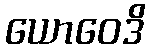
ယောဝေဒိ